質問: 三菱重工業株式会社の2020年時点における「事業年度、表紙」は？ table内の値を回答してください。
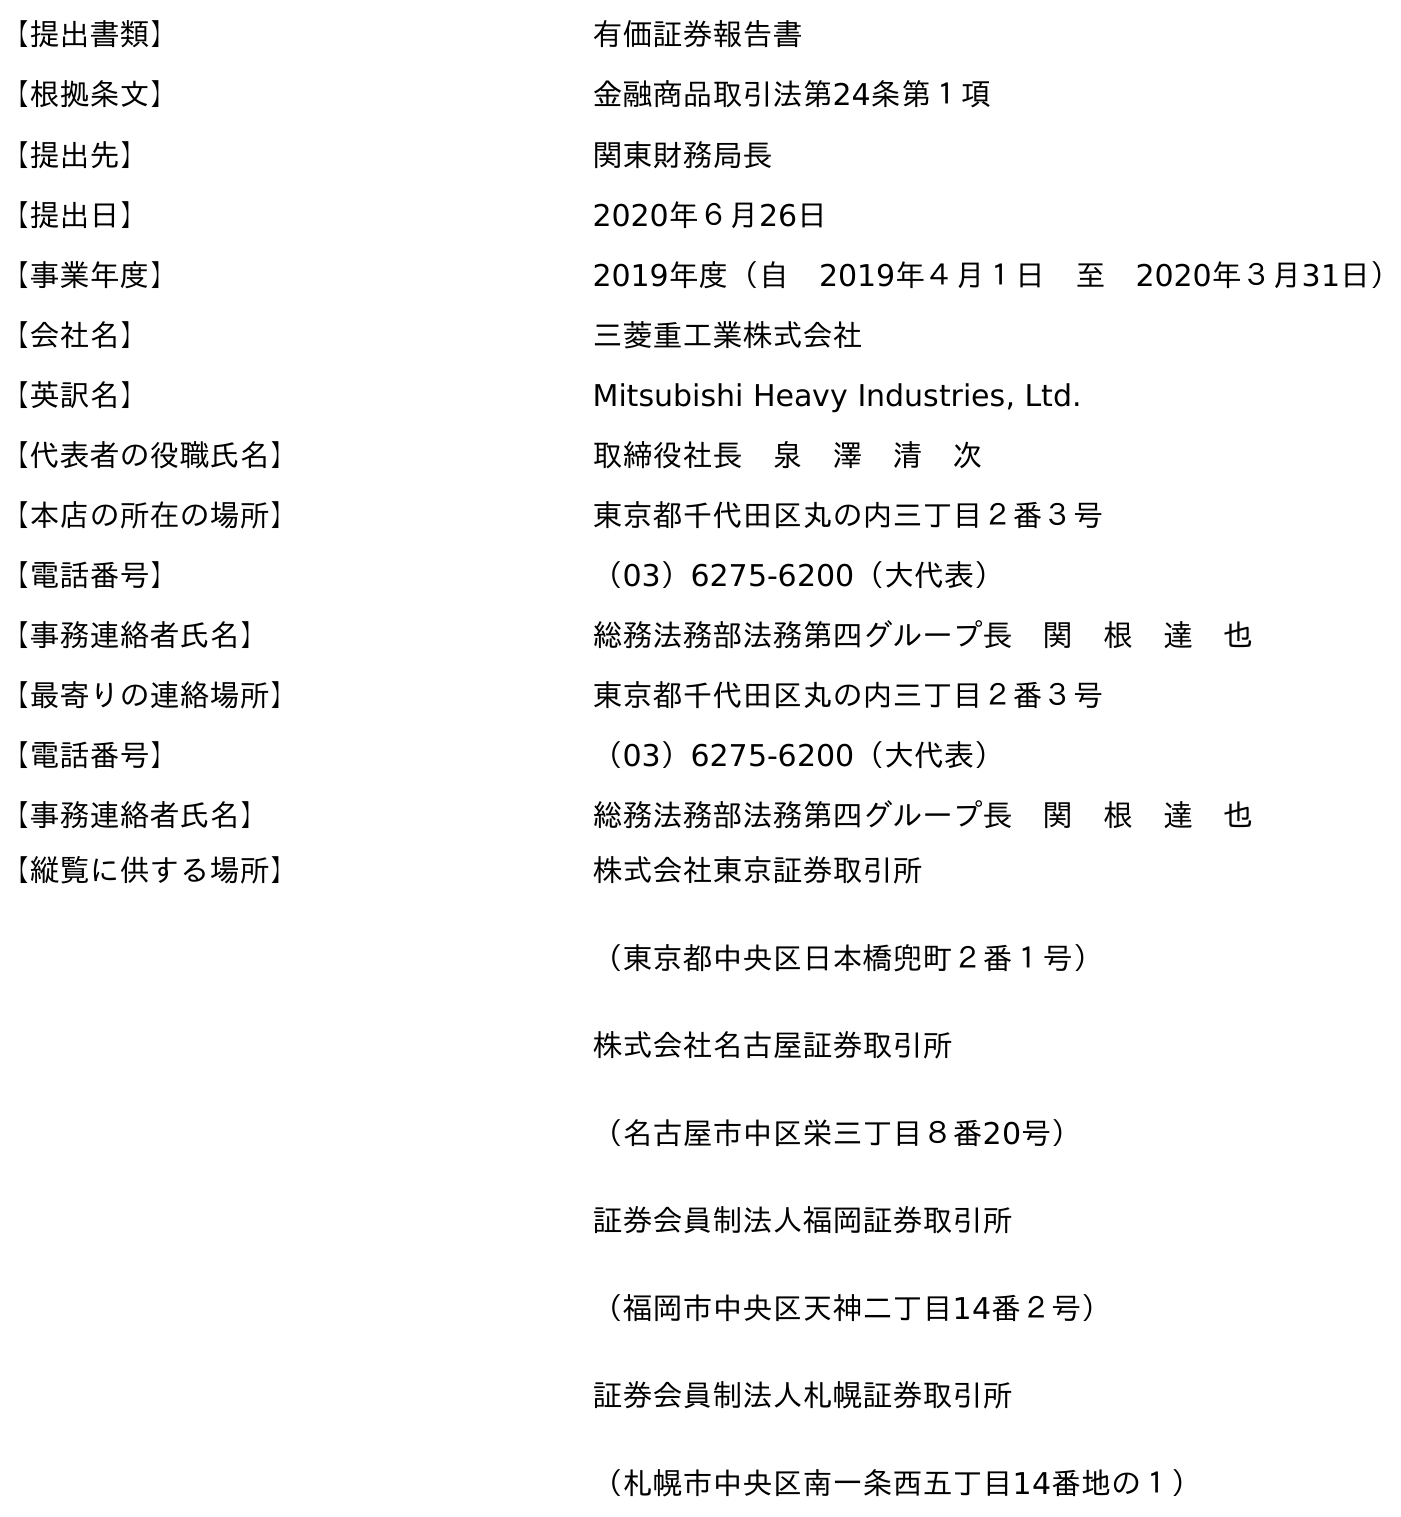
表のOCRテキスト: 【提出書類】 有価証券報告書 【根拠条文】 金融商品取引法第24条第１項 【提出先】 関東財務局長 【提出日】 2020年６月26日 【事業年度】 2019年度（自 2019年４月１日 至 2020年３月31日） 【会社名】 三菱重工業株式会社 【英訳名】 Mitsubishi Heavy Industries, Ltd. 【代表者の役職氏名】 取締役社長 泉 澤 清 次 【本店の所在の場所】 東京都千代田区丸の内三丁目２番３号 【電話番号】 （03）6275-6200（大代表） 【事務連絡者氏名】 総務法務部法務第四グループ長 関 根 達 也 【最寄りの連絡場所】 東京都千代田区丸の内三丁目２番３号 【電話番号】 （03）6275-6200（大代表） 【事務連絡者氏名】 総務法務部法務第四グループ長 関 根 達 也 【縦覧に供する場所】 株式会社東京証券取引所 （東京都中央区日本橋兜町２番１号） 株式会社名古屋証券取引所 （名古屋市中区栄三丁目８番20号） 証券会員制法人福岡証券取引所 （福岡市中央区天神二丁目14番２号） 証券会員制法人札幌証券取引所 （札幌市中央区南一条西五丁目14番地の１）
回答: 2019年度（自　2019年４月１日　至　2020年３月31日）